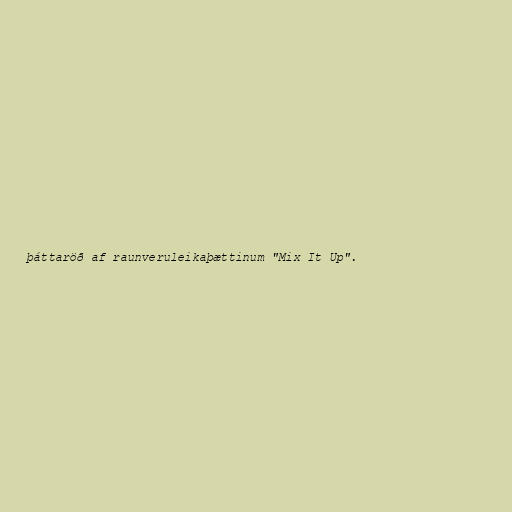
þáttaröð af raunveruleikaþættinum "Mix It Up".